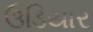
ઉડિયાર